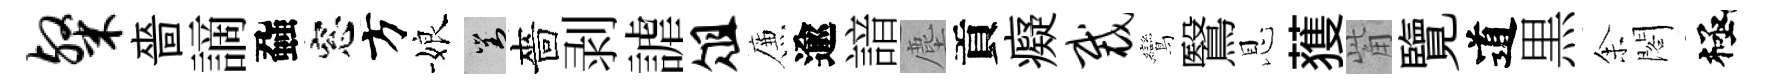
粲嗇謫蝨窓方娘對嗇剥謔俎簾逾諳塵貢癡裁鸞鷖恩𫉬觜覽道黒𪜬閣極